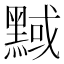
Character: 𪑝